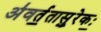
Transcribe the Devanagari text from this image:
अ॑वर्त॒तासु॒रेकः॒